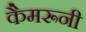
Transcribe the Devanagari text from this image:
कैमरूनी